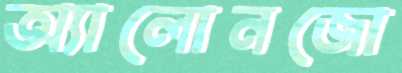
অ্যালোনজো